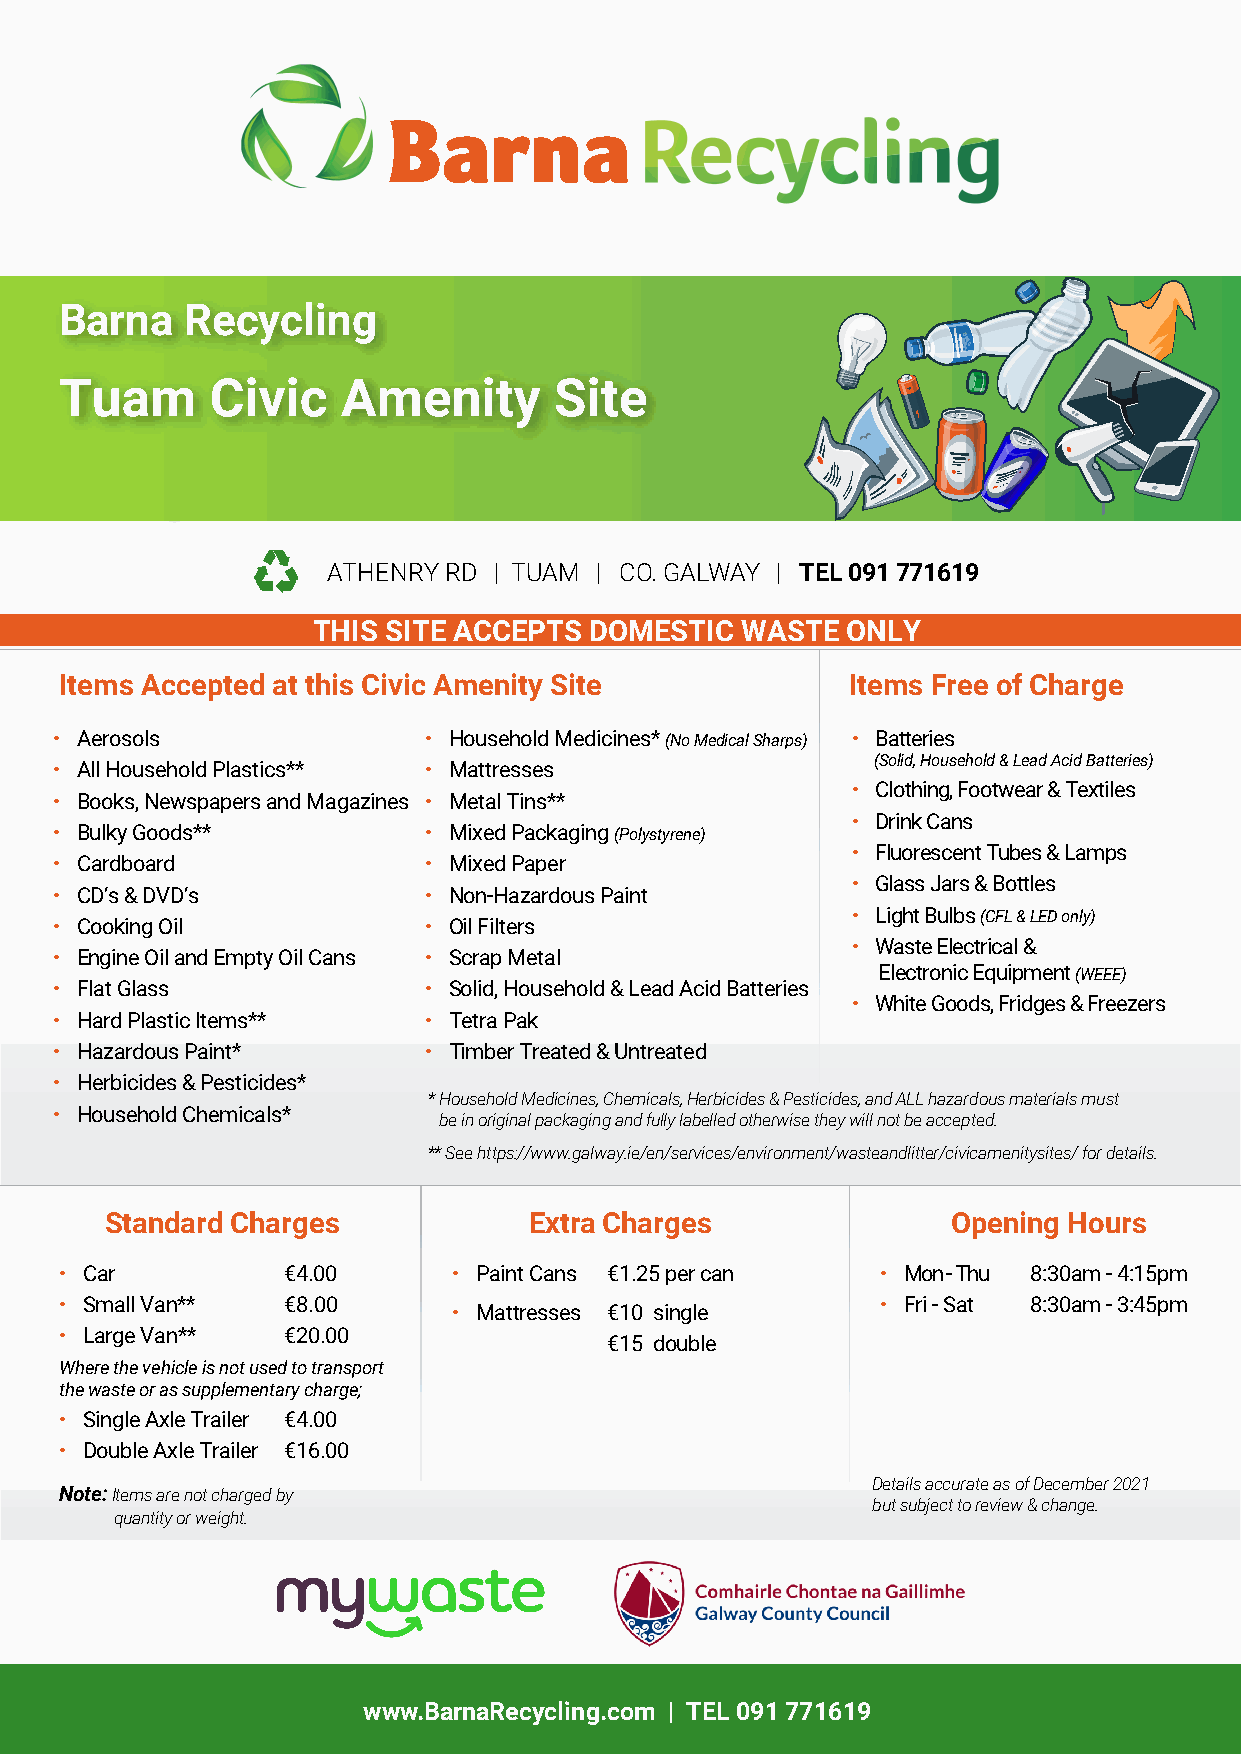
Barna   Recycling
 Tuam      Civic    Amenity       Site
 ATHENRY RD | TUAM | CO. GALWAY | TEL 091 771619
 THIS SITE ACCEPTS DOMESTIC  WASTE  ONLY
 Items Accepted at this Civic Amenity Site           Items Free of Charge
 • Aerosols              • Household Medicines* (No Medical Sharps) • Batteries
 (Solid, Household & Lead Acid Batteries)
 • All Household Plastics** • Mattresses
 • Clothing, Footwear & Textiles
 • Books, Newspapers and Magazines • Metal Tins**
 • Drink Cans
 • Bulky Goods**         • Mixed Packaging (Polystyrene)
 • Fluorescent Tubes & Lamps
 • Cardboard             • Mixed Paper
 • Glass Jars & Bottles
 • CD’s & DVD’s          • Non-Hazardous Paint
 • Light Bulbs (CFL & LED only)
 • Cooking Oil           • Oil Filters
 • Waste Electrical &
 • Engine Oil and Empty Oil Cans • Scrap Metal
 Electronic Equipment (WEEE)
 • Flat Glass            • Solid, Household & Lead Acid Batteries
 • White Goods, Fridges & Freezers
 • Hard Plastic Items**  • Tetra Pak
 • Hazardous Paint*      • Timber Treated & Untreated
 • Herbicides & Pesticides*
 * Household Medicines, Chemicals, Herbicides & Pesticides, and ALL hazardous materials must
 • Household Chemicals*
 be in original packaging and fully labelled otherwise they will not be accepted.
 ** See https://www.galway.ie/en/services/environment/wasteandlitter/civicamenitysites/ for details.
 Standard Charges            Extra Charges               Opening Hours
 • Car          €4.00      • Paint Cans €1.25 per can  • Mon - Thu 8:30am - 4:15pm
 • Small Van**  €8.00                                  • Fri - S at 8:30am - 3:45pm
 • Mattresses €10 single
 • Larg e Van** €20.00
 €15 double
 Where the vehicle is not used to transport
 the waste or as supplementary charge;
 • Single Axle Trailer €4.00
 • Double Axle Trailer €16.00
 Details accurate as of December 2021
 Note: Items are not charged by
 but subject to review & change.
 quantity or weight.
 www.BarnaRecycling.com | TEL 091 771619